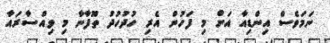
ނަމަވެސް އިންޑިއާ އަށް މި ފަހުން އެރި ހުދުހުދު ތޫފާނާ މި ވިއްސާރައާ